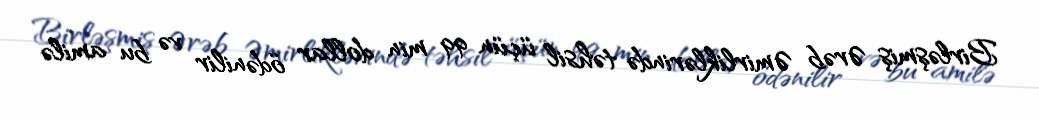
Birləşmiş Ərəb Əmirliklərində təhsil üçün 99 min dollar ödənilir və bu amilə